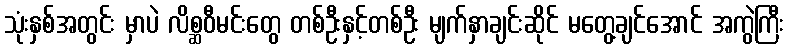
သုံးနှစ်အတွင်း မှာပဲ လိစ္ဆဝီမင်းတွေ တစ်ဦးနှင့်တစ်ဦး မျက်နှာချင်းဆိုင် မတွေ့ချင်အောင် အကွဲကြီး